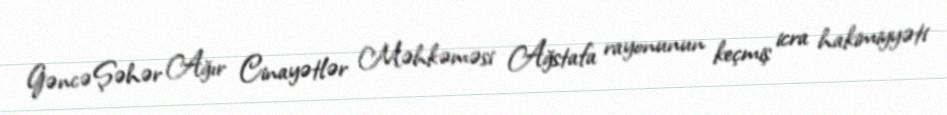
Gəncə Şəhər Ağır Cinayətlər Məhkəməsi Ağstafa rayonunun keçmiş icra hakimiyyəti